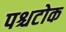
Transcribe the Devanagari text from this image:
पश्चटोक